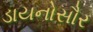
ડાયનોસૌર